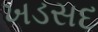
ખડસદ